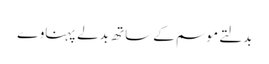
بدلتے موسم کے ساتھ بدلے پہناوے